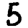
Digit: 5